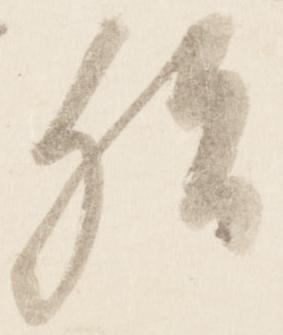
殆